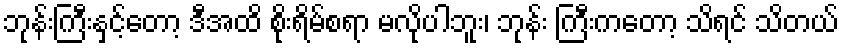
ဘုန်းကြီးနှင့်တော့ ဒီအထိ စိုးရိမ်စရာ မလိုပါဘူး၊ ဘုန်း ကြီးကတော့ သိရင် သိတယ်